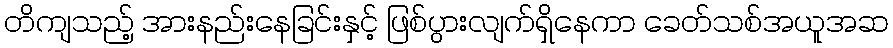
တိကျသည့် အားနည်းနေခြင်းနှင့် ဖြစ်ပွားလျက်ရှိနေကာ ခေတ်သစ်အယူအဆ